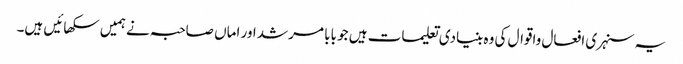
یہ سنہری افعال واقوال کی وہ بنیادی تعلیمات ہیں جو بابا مرشد اور اماں صاحبہ نے ہمیں سکھائیں ہیں۔